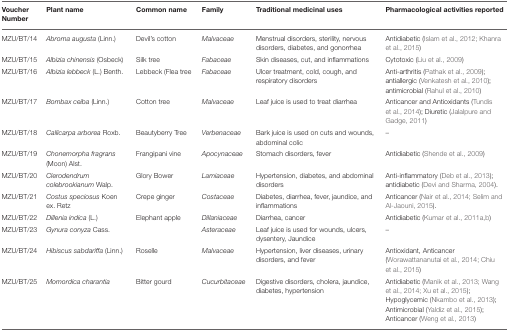
<table><thead><tr><td><b>Voucher Number</b></td><td><b>Plant name</b></td><td><b>Common name</b></td><td><b>Family</b></td><td><b>Traditional medicinal uses</b></td><td><b>Pharmacological activities reported</b></td></tr></thead><tbody><tr><td>MZU/BT/14</td><td><i>Abroma augusta</i> (Linn.)</td><td>Devil&#x27;s cotton</td><td><i>Malvaceae</i></td><td>Menstrual disorders, sterility, nervous disorders, diabetes, and gonorrhea</td><td>Antidiabetic (Islam et al., 2012; Khanra et al., 2015)</td></tr><tr><td>MZU/BT/15</td><td><i>Albizia chinensis</i> (Osbeck)</td><td>Silk tree</td><td><i>Fabaceae</i></td><td>Skin diseases, cut, and inflammations</td><td>Cytotoxic (Liu et al., 2009)</td></tr><tr><td>MZU/BT/16</td><td><i>Albizia lebbeck</i> (L.) Benth.</td><td>Lebbeck (Flea tree</td><td><i>Fabaceae</i></td><td>Ulcer treatment, cold, cough, and respiratory disorders</td><td>Anti-arthritis (Pathak et al., 2009); antiallergic (Venkatesh et al., 2010); antimicrobial (Rahul et al., 2010)</td></tr><tr><td>MZU/BT/17</td><td><i>Bombax ceiba</i> (Linn.)</td><td>Cotton tree</td><td><i>Malvaceae</i></td><td>Leaf juice is used to treat diarrhea</td><td>Anticancer and Antioxidants (Tundis et al., 2014); Diuretic (Jalalpure and Gadge, 2011)</td></tr><tr><td>MZU/BT/18</td><td><i>Callicarpa arborea</i> Roxb.</td><td>Beautyberry Tree</td><td><i>Verbenaceae</i></td><td>Bark juice is used on cuts and wounds, abdominal colic</td><td>–</td></tr><tr><td>MZU/BT/19</td><td><i>Chonemorpha fragrans</i> (Moon) Alst.</td><td>Frangipani vine</td><td><i>Apocynaceae</i></td><td>Stomach disorders, fever</td><td>Antidiabetic (Shende et al., 2009)</td></tr><tr><td>MZU/BT/20</td><td><i>Clerodendrum colebrookianum</i> Walp.</td><td>Glory Bower</td><td><i>Lamiaceae</i></td><td>Hypertension, diabetes, and abdominal disorders</td><td>Anti-inflammatory (Deb et al., 2013); antidiabetic (Devi and Sharma, 2004).</td></tr><tr><td>MZU/BT/21</td><td><i>Costus speciosus</i> Koen ex. Retz</td><td>Crepe ginger</td><td><i>Costaceae</i></td><td>Diabetes, diarrhea, fever, jaundice, and inflammations</td><td>Anticancer (Nair et al., 2014; Selim and Al-Jaouni, 2015).</td></tr><tr><td>MZU/BT/22</td><td><i>Dillenia indica</i> (L.)</td><td>Elephant apple</td><td><i>Dillaniaceae</i></td><td>Diarrhea, cancer</td><td>Antidiabetic (Kumar et al., 2011a,b)</td></tr><tr><td>MZU/BT/23</td><td><i>Gynura conyza</i> Cass.</td><td></td><td><i>Asteraceae</i></td><td>Leaf juice is used for wounds, ulcers, dysentery, Jaundice</td><td>–</td></tr><tr><td>MZU/BT/24</td><td><i>Hibiscus sabdariffa</i> (Linn.)</td><td>Roselle</td><td><i>Malvaceae</i></td><td>Hypertension, liver diseases, urinary disorders, and fever</td><td>Antioxidant, Anticancer (Worawattananutai et al., 2014; Chiu et al., 2015)</td></tr><tr><td>MZU/BT/25</td><td><i>Momordica charantia</i></td><td>Bitter gourd</td><td><i>Cucurbitaceae</i></td><td>Digestive disorders, cholera, jaundice, diabetes, hypertension</td><td>Antidiabetic (Manik et al., 2013; Wang et al., 2014; Xu et al., 2015); Hypoglycemic (Nkambo et al., 2013); Antimicrobial (Yaldiz et al., 2015); Anticancer (Weng et al., 2013)</td></tr></tbody></table>